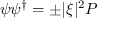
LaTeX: \psi \psi ^ { \dagger } = \pm | \xi | ^ { 2 } P